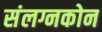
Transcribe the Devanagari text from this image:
संलग्नकोन